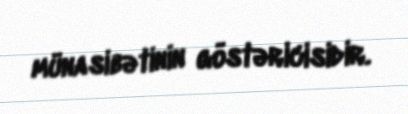
münasibətinin göstəricisidir.